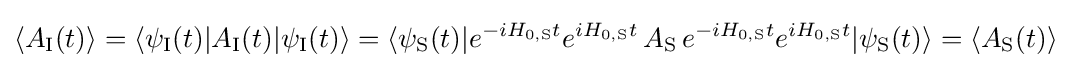
\langle A_{\text{I}}(t)\rangle =\langle \psi _{\text{I}}(t)|A_{\text{I}}(t)|\psi _{\text{I}}(t)\rangle =\langle \psi _{\text{S}}(t)|e^{-iH_{0,{\text{S}}}t}e^{iH_{0,{\text{S}}}t}\,A_{\text{S}}\,e^{-iH_{0,{\text{S}}}t}e^{iH_{0,{\text{S}}}t}|\psi _{\text{S}}(t)\rangle =\langle A_{\text{S}}(t)\rangle